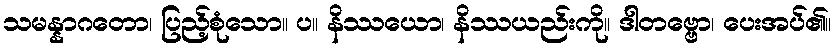
သမန္နာဂတော၊ ပြည့်စုံသော။ ပ။ နိဿယော၊ နိဿယည်းကို။ ဒါတဗ္ဗော၊ ပေးအပ်၏။